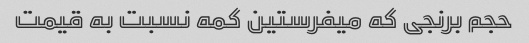
حجم برنجی که میفرستین کمه نسبت به قیمت